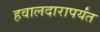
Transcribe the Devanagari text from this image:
हवालदारापर्यंत